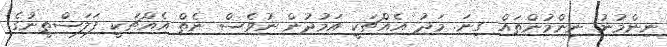
ނިންމުނު ނިންމުންތައް ގިނަ. މަދު އެއްޗަކީ އަމުދުން ނުވެސް ނެތް އެއްޗަކީ ފަލަސްތީނުގެ